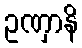
ဥဏှာနိ